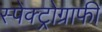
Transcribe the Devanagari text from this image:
स्पेक्ट्रोग्राफी